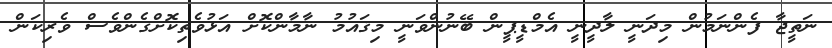
ނަތީޖާ ފެންނަމުން މިދަނީ ލާދީނީ އެމްޑީޕީން ބޭނުންވަނީ މިޤައުމު ނާމާންކޮށް އަޅުވެތިކޮށްގެންވެސް ވެރިކަން